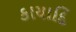
કાયાદિ